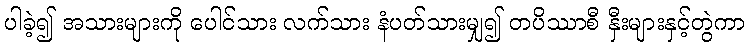
ပါခဲ့၍ အသားများကို ပေါင်သား လက်သား နံပတ်သားမျှ၍ တပိဿာစီ နှီးများနှင့်တွဲကာ